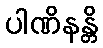
ပါဏိနန္တိ